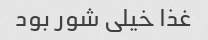
غذا خیلی شور بود